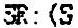
SR: (S